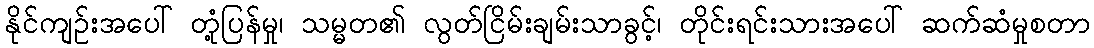
နိုင်ကျဉ်းအပေါ် တုံ့ပြန်မှု၊ သမ္မတ၏ လွတ်ငြိမ်းချမ်းသာခွင့်၊ တိုင်းရင်းသားအပေါ် ဆက်ဆံမှုစတာ